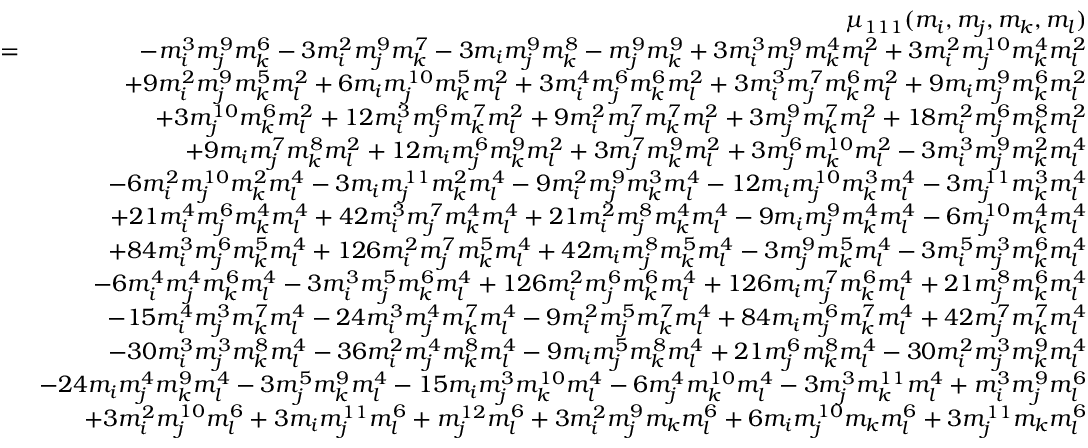
\begin{array} { r l r } & { } & { \mu _ { 1 1 1 } ( m _ { i } , m _ { j } , m _ { k } , m _ { l } ) } \\ & { \! = \! } & { - m _ { i } ^ { 3 } m _ { j } ^ { 9 } m _ { k } ^ { 6 } - 3 m _ { i } ^ { 2 } m _ { j } ^ { 9 } m _ { k } ^ { 7 } - 3 m _ { i } m _ { j } ^ { 9 } m _ { k } ^ { 8 } - m _ { j } ^ { 9 } m _ { k } ^ { 9 } + 3 m _ { i } ^ { 3 } m _ { j } ^ { 9 } m _ { k } ^ { 4 } m _ { l } ^ { 2 } + 3 m _ { i } ^ { 2 } m _ { j } ^ { 1 0 } m _ { k } ^ { 4 } m _ { l } ^ { 2 } } \\ & { } & { + 9 m _ { i } ^ { 2 } m _ { j } ^ { 9 } m _ { k } ^ { 5 } m _ { l } ^ { 2 } + 6 m _ { i } m _ { j } ^ { 1 0 } m _ { k } ^ { 5 } m _ { l } ^ { 2 } + 3 m _ { i } ^ { 4 } m _ { j } ^ { 6 } m _ { k } ^ { 6 } m _ { l } ^ { 2 } + 3 m _ { i } ^ { 3 } m _ { j } ^ { 7 } m _ { k } ^ { 6 } m _ { l } ^ { 2 } + 9 m _ { i } m _ { j } ^ { 9 } m _ { k } ^ { 6 } m _ { l } ^ { 2 } } \\ & { } & { + 3 m _ { j } ^ { 1 0 } m _ { k } ^ { 6 } m _ { l } ^ { 2 } + 1 2 m _ { i } ^ { 3 } m _ { j } ^ { 6 } m _ { k } ^ { 7 } m _ { l } ^ { 2 } + 9 m _ { i } ^ { 2 } m _ { j } ^ { 7 } m _ { k } ^ { 7 } m _ { l } ^ { 2 } + 3 m _ { j } ^ { 9 } m _ { k } ^ { 7 } m _ { l } ^ { 2 } + 1 8 m _ { i } ^ { 2 } m _ { j } ^ { 6 } m _ { k } ^ { 8 } m _ { l } ^ { 2 } } \\ & { } & { + 9 m _ { i } m _ { j } ^ { 7 } m _ { k } ^ { 8 } m _ { l } ^ { 2 } + 1 2 m _ { i } m _ { j } ^ { 6 } m _ { k } ^ { 9 } m _ { l } ^ { 2 } + 3 m _ { j } ^ { 7 } m _ { k } ^ { 9 } m _ { l } ^ { 2 } + 3 m _ { j } ^ { 6 } m _ { k } ^ { 1 0 } m _ { l } ^ { 2 } - 3 m _ { i } ^ { 3 } m _ { j } ^ { 9 } m _ { k } ^ { 2 } m _ { l } ^ { 4 } } \\ & { } & { - 6 m _ { i } ^ { 2 } m _ { j } ^ { 1 0 } m _ { k } ^ { 2 } m _ { l } ^ { 4 } - 3 m _ { i } m _ { j } ^ { 1 1 } m _ { k } ^ { 2 } m _ { l } ^ { 4 } - 9 m _ { i } ^ { 2 } m _ { j } ^ { 9 } m _ { k } ^ { 3 } m _ { l } ^ { 4 } - 1 2 m _ { i } m _ { j } ^ { 1 0 } m _ { k } ^ { 3 } m _ { l } ^ { 4 } - 3 m _ { j } ^ { 1 1 } m _ { k } ^ { 3 } m _ { l } ^ { 4 } } \\ & { } & { + 2 1 m _ { i } ^ { 4 } m _ { j } ^ { 6 } m _ { k } ^ { 4 } m _ { l } ^ { 4 } + 4 2 m _ { i } ^ { 3 } m _ { j } ^ { 7 } m _ { k } ^ { 4 } m _ { l } ^ { 4 } + 2 1 m _ { i } ^ { 2 } m _ { j } ^ { 8 } m _ { k } ^ { 4 } m _ { l } ^ { 4 } - 9 m _ { i } m _ { j } ^ { 9 } m _ { k } ^ { 4 } m _ { l } ^ { 4 } - 6 m _ { j } ^ { 1 0 } m _ { k } ^ { 4 } m _ { l } ^ { 4 } } \\ & { } & { + 8 4 m _ { i } ^ { 3 } m _ { j } ^ { 6 } m _ { k } ^ { 5 } m _ { l } ^ { 4 } + 1 2 6 m _ { i } ^ { 2 } m _ { j } ^ { 7 } m _ { k } ^ { 5 } m _ { l } ^ { 4 } + 4 2 m _ { i } m _ { j } ^ { 8 } m _ { k } ^ { 5 } m _ { l } ^ { 4 } - 3 m _ { j } ^ { 9 } m _ { k } ^ { 5 } m _ { l } ^ { 4 } - 3 m _ { i } ^ { 5 } m _ { j } ^ { 3 } m _ { k } ^ { 6 } m _ { l } ^ { 4 } } \\ & { } & { - 6 m _ { i } ^ { 4 } m _ { j } ^ { 4 } m _ { k } ^ { 6 } m _ { l } ^ { 4 } - 3 m _ { i } ^ { 3 } m _ { j } ^ { 5 } m _ { k } ^ { 6 } m _ { l } ^ { 4 } + 1 2 6 m _ { i } ^ { 2 } m _ { j } ^ { 6 } m _ { k } ^ { 6 } m _ { l } ^ { 4 } + 1 2 6 m _ { i } m _ { j } ^ { 7 } m _ { k } ^ { 6 } m _ { l } ^ { 4 } + 2 1 m _ { j } ^ { 8 } m _ { k } ^ { 6 } m _ { l } ^ { 4 } } \\ & { } & { - 1 5 m _ { i } ^ { 4 } m _ { j } ^ { 3 } m _ { k } ^ { 7 } m _ { l } ^ { 4 } - 2 4 m _ { i } ^ { 3 } m _ { j } ^ { 4 } m _ { k } ^ { 7 } m _ { l } ^ { 4 } - 9 m _ { i } ^ { 2 } m _ { j } ^ { 5 } m _ { k } ^ { 7 } m _ { l } ^ { 4 } + 8 4 m _ { i } m _ { j } ^ { 6 } m _ { k } ^ { 7 } m _ { l } ^ { 4 } + 4 2 m _ { j } ^ { 7 } m _ { k } ^ { 7 } m _ { l } ^ { 4 } } \\ & { } & { - 3 0 m _ { i } ^ { 3 } m _ { j } ^ { 3 } m _ { k } ^ { 8 } m _ { l } ^ { 4 } - 3 6 m _ { i } ^ { 2 } m _ { j } ^ { 4 } m _ { k } ^ { 8 } m _ { l } ^ { 4 } - 9 m _ { i } m _ { j } ^ { 5 } m _ { k } ^ { 8 } m _ { l } ^ { 4 } + 2 1 m _ { j } ^ { 6 } m _ { k } ^ { 8 } m _ { l } ^ { 4 } - 3 0 m _ { i } ^ { 2 } m _ { j } ^ { 3 } m _ { k } ^ { 9 } m _ { l } ^ { 4 } } \\ & { } & { - 2 4 m _ { i } m _ { j } ^ { 4 } m _ { k } ^ { 9 } m _ { l } ^ { 4 } - 3 m _ { j } ^ { 5 } m _ { k } ^ { 9 } m _ { l } ^ { 4 } - 1 5 m _ { i } m _ { j } ^ { 3 } m _ { k } ^ { 1 0 } m _ { l } ^ { 4 } - 6 m _ { j } ^ { 4 } m _ { k } ^ { 1 0 } m _ { l } ^ { 4 } - 3 m _ { j } ^ { 3 } m _ { k } ^ { 1 1 } m _ { l } ^ { 4 } + m _ { i } ^ { 3 } m _ { j } ^ { 9 } m _ { l } ^ { 6 } } \\ & { } & { + 3 m _ { i } ^ { 2 } m _ { j } ^ { 1 0 } m _ { l } ^ { 6 } + 3 m _ { i } m _ { j } ^ { 1 1 } m _ { l } ^ { 6 } + m _ { j } ^ { 1 2 } m _ { l } ^ { 6 } + 3 m _ { i } ^ { 2 } m _ { j } ^ { 9 } m _ { k } m _ { l } ^ { 6 } + 6 m _ { i } m _ { j } ^ { 1 0 } m _ { k } m _ { l } ^ { 6 } + 3 m _ { j } ^ { 1 1 } m _ { k } m _ { l } ^ { 6 } } \end{array}